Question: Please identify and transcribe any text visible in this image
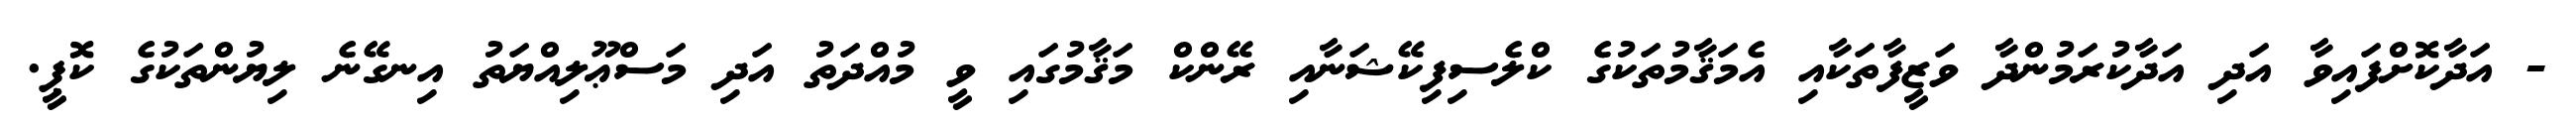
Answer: - އަދާކޮށްފައިވާ އަދި އަދާކުރަމުންދާ ވަޒީފާތަކާއި އެމަޤާމުތަކުގެ ކްލެސިފިކޭޝަނާއި ރޭންކް މަޤާމުގައި ވީ މުއްދަތު އަދި މަސްޢޫލިއްޔަތު އިނގޭނެ ލިޔުންތަކުގެ ކޮޕީ.